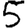
Digit: 5